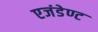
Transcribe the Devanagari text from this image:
एजंडेण्ट